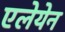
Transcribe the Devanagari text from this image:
एलेयेन